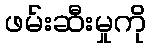
ဖမ်းဆီးမှုကို